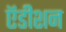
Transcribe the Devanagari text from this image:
ऍडीशन